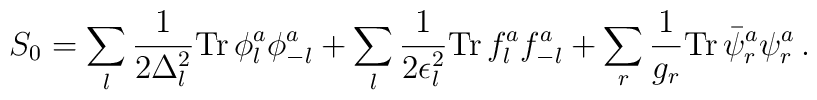
S_0 = \sum_l \frac{1}{2\Delta_{l}^{2}} {\rm Tr} \, \phi^{a}_{l} \phi^{a}_{-l}+ \sum_l \frac{1}{2\epsilon_{l}^{2}} {\rm Tr} \, f^{a}_{l} f^{a}_{-l}+ \sum_r \frac{1}{g_{r}} {\rm Tr} \, \bar{\psi}^a_r \psi^a_r \,.